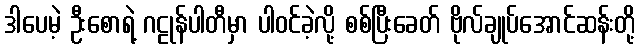
ဒါပေမဲ့ ဦးစောရဲ့ ဂဠုန်ပါတီမှာ ပါဝင်ခဲ့လို့ စစ်ပြီးခေတ် ဗိုလ်ချုပ်အောင်ဆန်းတို့